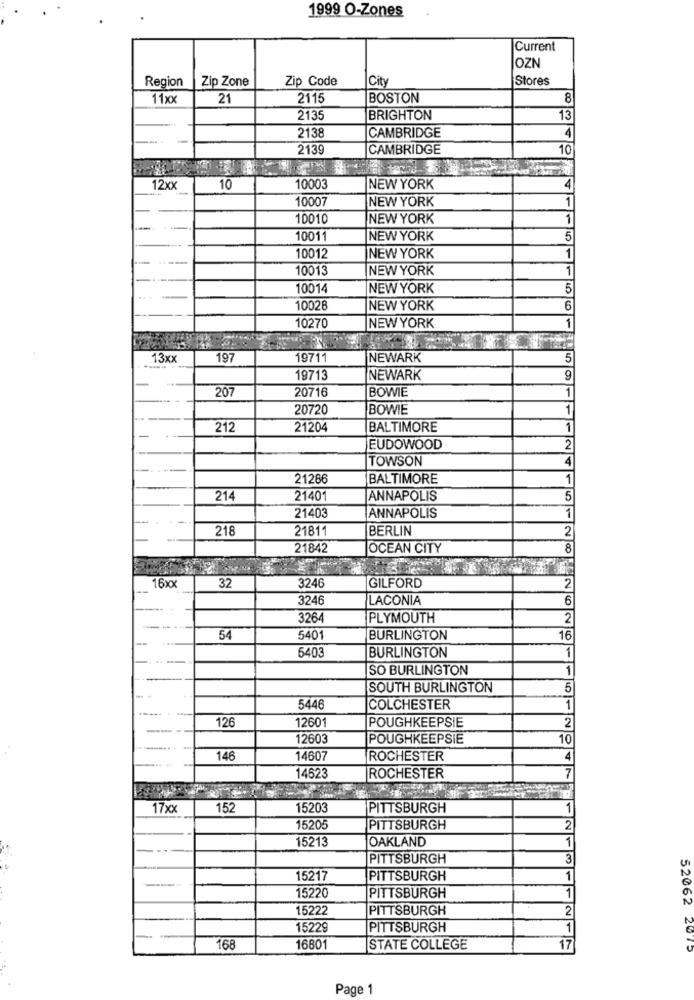
1999 O-Zones
Current
OZN
Region
Zip Zone
Zip Code
City
Stores
11xx
21
2115
BOSTON
8
2135
BRIGHTON
13
2138
CAMBRIDGE
4
2139
CAMBRIDGE
10
12xx
10
10003
NEW YORK
4
10007
NEW YORK
1
10010
NEW YORK
1
10011
NEW YORK
5
1
10012
NEW YORK
10013
NEW YORK
1
10014
NEW YORK
5
10026
NEW YORK
6
1
10270
NEW YORK
13xx
197
19711
NEWARK
5
19713
NEWARK
9
207
20716
BOWIE
1
20720
BOWIE
1
--
212
21204
BALTIMORE
1
-
EUDOWOOD
2
TOWSON
4
21286
BALTIMORE
1
214
21401
ANNAPOLIS
5
21403
1
ANNAPOLIS
218
21811
BERLIN
2
21842
OCEAN CITY
8
16xx
32
GILFORD
3246
2
3246
LACONIA
6
3264
PLYMOUTH
2
54
5401
BURLINGTON
16
1
-
5403
BURLINGTON
SO BURLINGTON
1
SOUTH BURLINGTON
5
5446
COLCHESTER
1
126
12601
POUGHKEEPSIE
2
----
12603
POUGHKEEPSIE
10
146
14607
ROCHESTER
4
7
14623
ROCHESTER
17xx
152
15203
PITTSBURGH
1
15205
PITTSBURGH
2
15213
OAKLAND
1
PITTSBURGH
3
15217
PITTSBURGH
1
15220
PITTSBURGH
1
15222
PITTSBURGH
2
52062
15229
PITTSBURGH
1
168
16801
STATE COLLEGE
17
Page 1